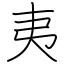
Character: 夷